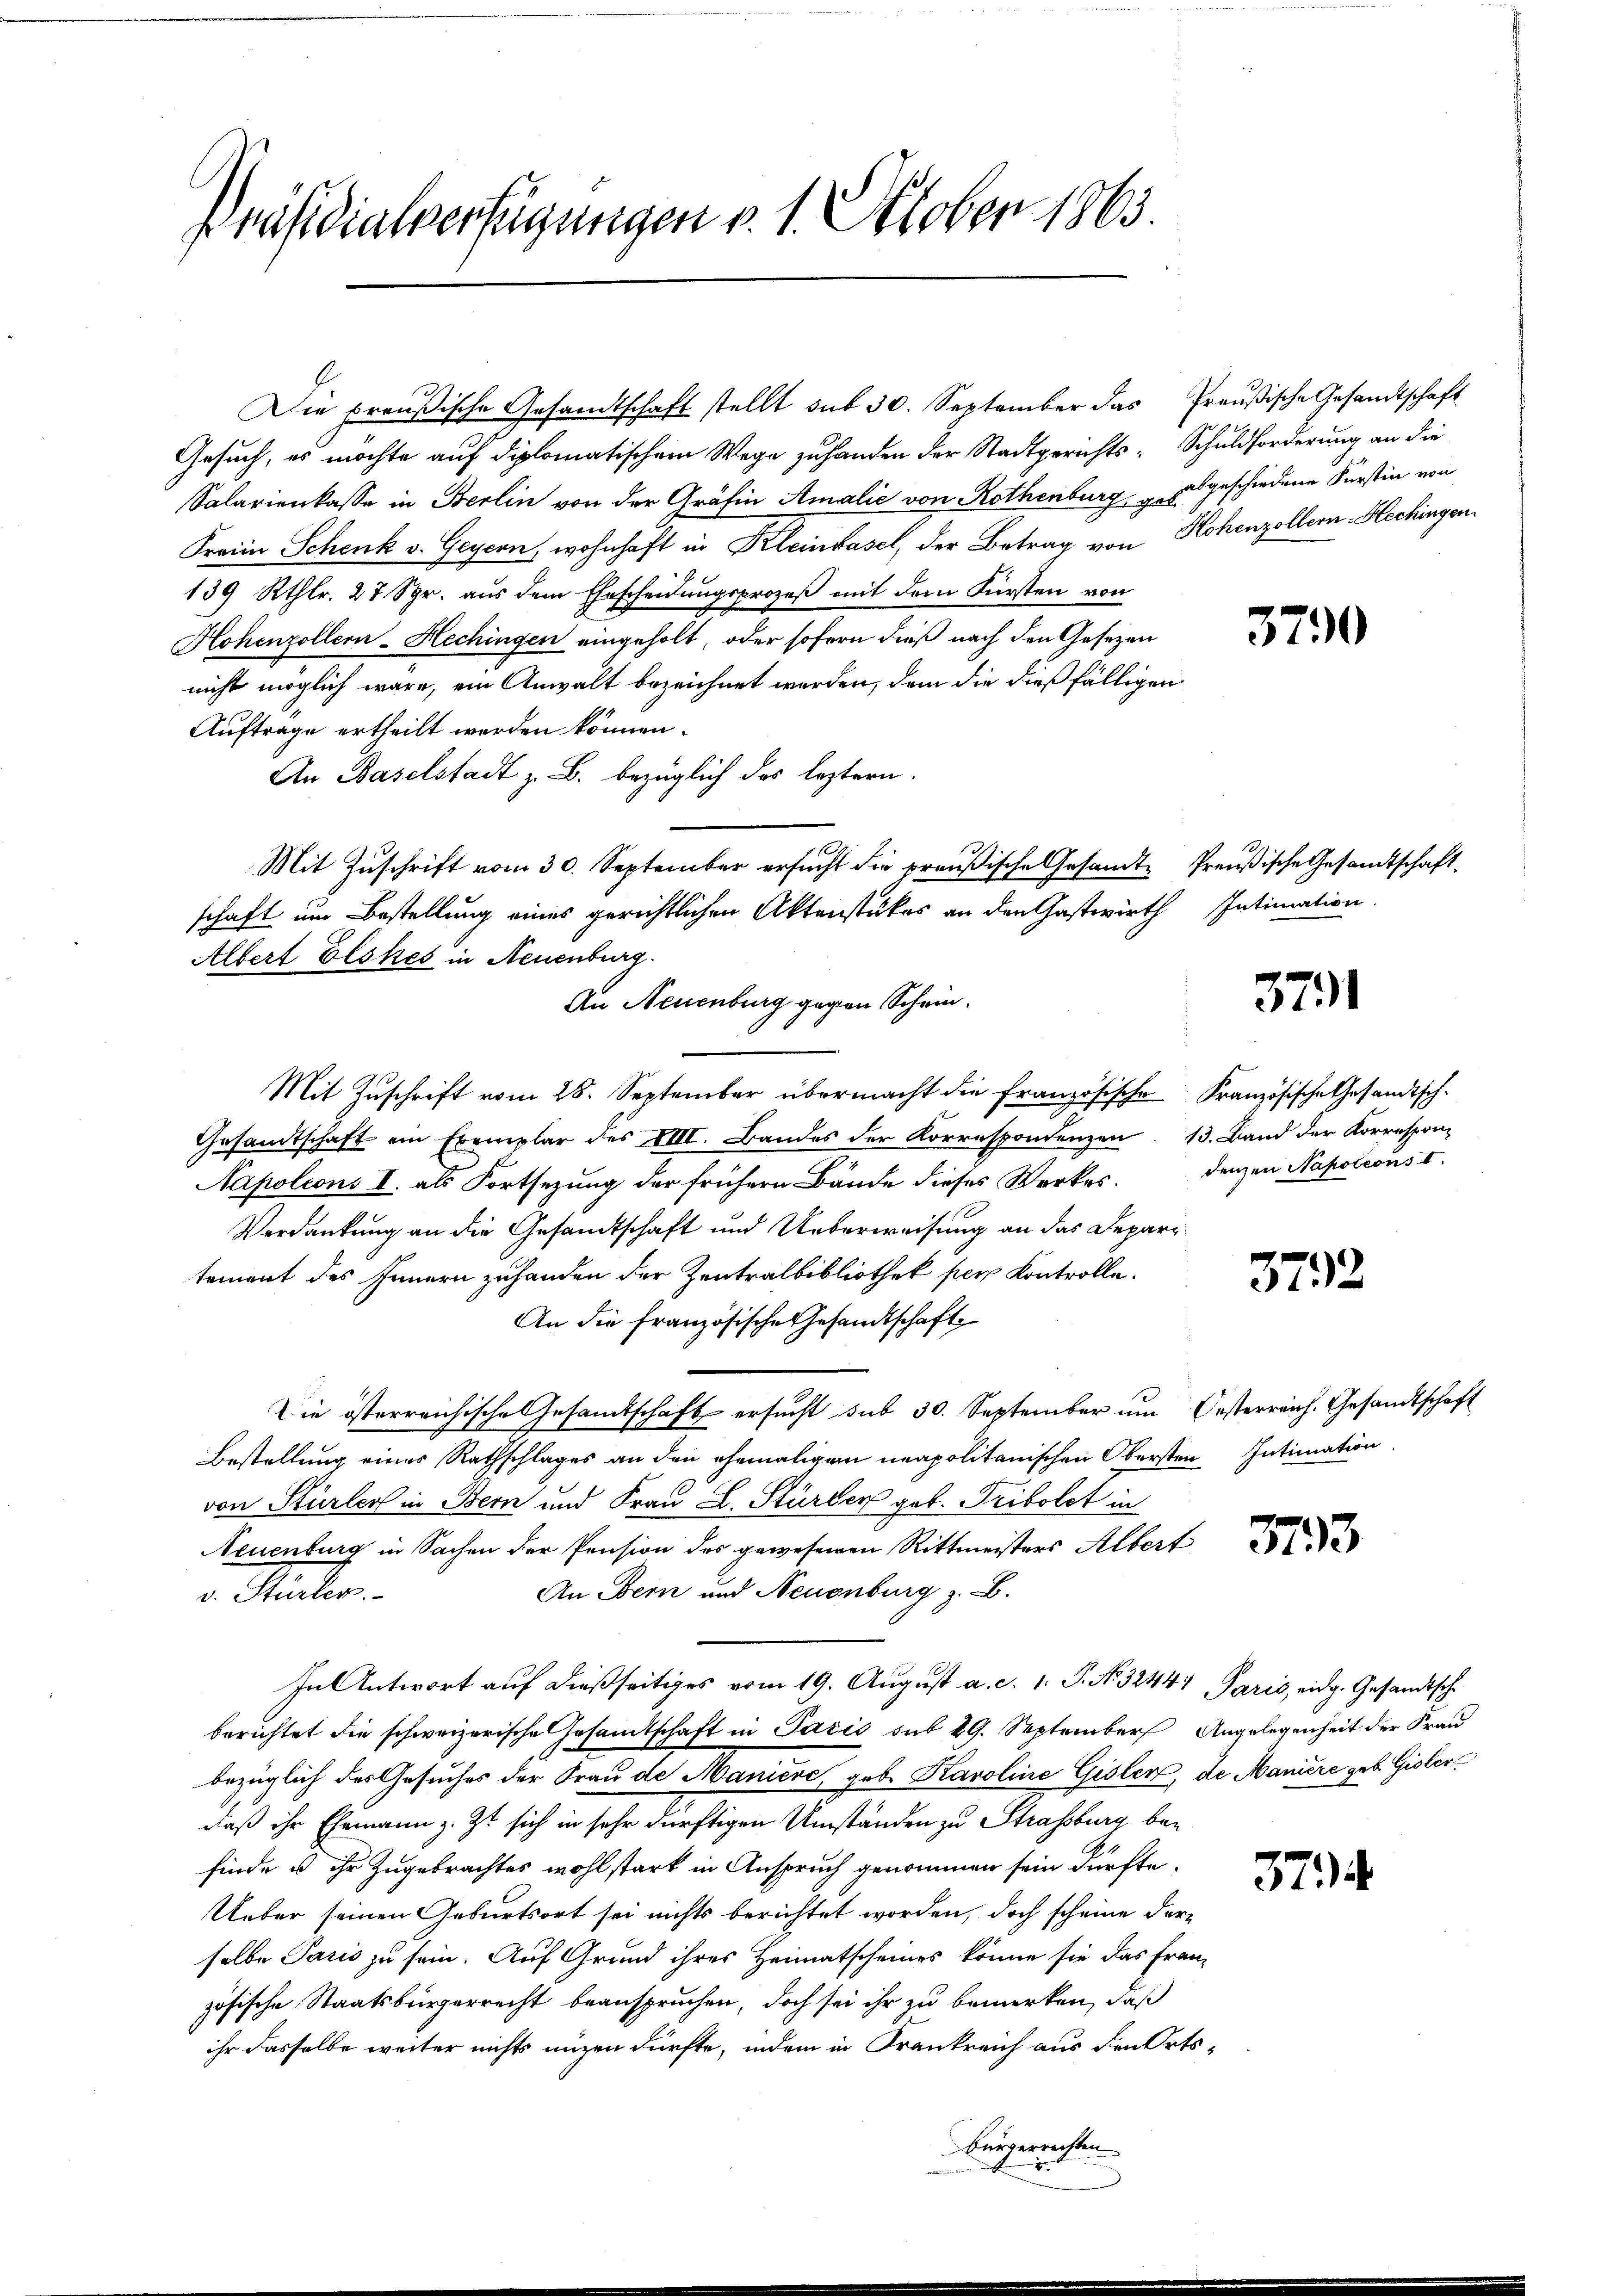
Präsidialverfügungen v. 1. Oktober 1863.

Die preußische Gesandtschaft stellt sub 30. September das Preußische Gesandtschaft
Gesuch, es möchte auf diplomatischem Wege zu handen der Stadtgerichts- Schuldforderung an die
Salarienkasse in Berlin von der Gräfin Amalie von Rothenburg abgeschiedene Fürstin von
Frain Schenk v. Geyern, wohnhaft in Kleinkasel, der Betrag von Hohenzollern-Hechingen
139 Rthlr. 27 Spr. aus dem Ehescheidungsprozeß mit dem Fürsten von
Hohenzollern-Hechingen eingeholt, oder sofern dieß nach den Gesezen
nicht möglich wäre, ein Anwalt bezeichnet werden, dem die dießfälligen
Auftrage ertheilt werden können.
An Baselstadt z. B. bezüglich des leztern.
Mit Zuschrift vom 30. September ersucht die preußische Gesandte Preußische Gesandtschaft.
schaft um Bestellung eines gerichtlichen Aktenstükes an den Gastwirth
Albert Elskes in Neuenburg.
An Neuenburg gegen Schein.
Mit Zuschrift vom 28. September übermacht die französische Französische Gesandtsch-
Gesandtschaft ein Exemplar des VIII. Bandes der Korrespondenzen 13. Band der Korrespon-
Napoleons I. als Fortsezung der frühern Bände dieses Werkes. Denzen Napoleons I.
Verdankung an die Gesandtschaft und Ueberweisung an das Departement des Innern zuhanden der Zentralbibliothek per Kontrolle.
An die französische Gesandtschaft
Die österreichische Gesandtschaft ersucht sub 30. September um Oesterreich. Gesandtschaft
Bestellung eines Rathschlages an den ehemaligen neapolitanischen Obersten Intimation
von Stürler in Bern und Frau L. Stürber geb. Tribolet in
Neuenburg in Sachen der Pension des gewesenen Rittmeisters Albert
An Bern und Neuenburg z. B.
v. Stürler
In Antwort auf dießseitiges vom 19. August a. c. 1. P. No 3244. Paris, eidg. Gesandtsche
berichtet die schweizerische Gesamtschaft in Paris sub 29. September Angelegenheit der Frau
bezüglich des Gesuches der Frau de Maniere, geb. Karoline Gisler, de Maniere geb. Gisler
daß ihr Ehemann z. Zt. sich in sehr dürftigen Umständen zu Strassburg bei
finde u ihr Zugebrachtes wohl stark in Anspruch genommen sein dürfte.
Ueber seinen Geburtsort sei nichts berichtet worden, doch scheine derselbe Paris zu sein. Auf Grund ihres Heimatscheines könne sie das Franz
zösische Staatsbürgerrecht beanspruchen, doch sei ihr zu bemerken, daß
ihr dasselbe weiter nichts unzen dürfte, indem in Frankreich aus den Orts
Bürgerrechten

3790

Intimation.

379

372

3133

374